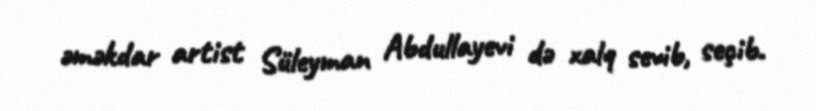
əməkdar artist Süleyman Abdullayevi də xalq sevib, seçib.